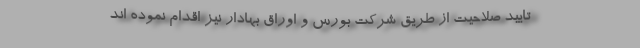
تایید صلاحیت از طریق شرکت بورس و اوراق بهادار نیز اقدام نموده اند